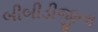
બીબીડીજીના